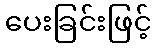
ပေးခြင်းဖြင့်